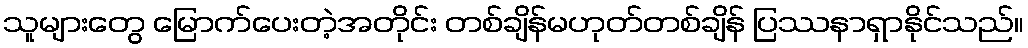
သူများတွေ မြောက်ပေးတဲ့အတိုင်း တစ်ချိန်မဟုတ်တစ်ချိန် ပြဿနာရှာနိုင်သည်။